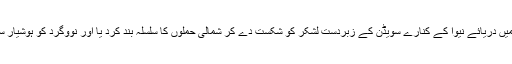
نوووگرد کے پرنس (راجہ) الیگزینڈر نے شمال میں دریائے نیوا کے کنارے سویڈن کے زبردست لشکر کو شکست دے کر شمالی حملوں کا سلسلہ بند کرد یا اور نووگرد کو ہوشیار سیاست کی بدولت تاتاری یلغار سے صاف بچا لیا۔